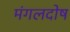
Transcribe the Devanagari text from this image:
मंगलदोष